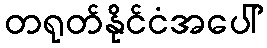
တရုတ်နိုင်ငံအပေါ်